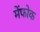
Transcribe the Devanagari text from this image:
मेंफोक